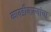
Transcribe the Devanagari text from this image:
कावडीवाल्यांचा